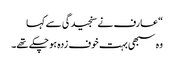
“ عارف نے سنجیدگی سے کہا
وہ سبھی بہت خوف زدہ ہو چکے تھے۔